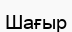
Шағыр